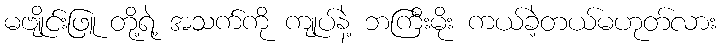
မဗျိုင်းဖြူ တို့ရဲ့ အသက်ကို ကျုပ်နဲ့ ဘကြီးမိုး ကယ်ခဲ့တယ်မဟုတ်လား